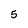
Character: 5